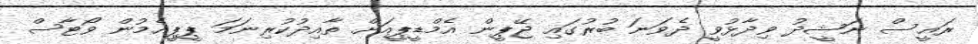
ރައީސް ނަޝީދު ވިދާޅުވީ ދެވަނަ ބުރުގައި ޖޭޕީން އެމްޑީޕީއަށް ތާއިދުކުރިނަމަ ޕީޕީއެމުން ވޯޓާސް